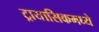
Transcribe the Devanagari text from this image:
ट्रायासिकमध्ये